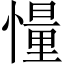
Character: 𪬨